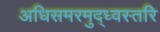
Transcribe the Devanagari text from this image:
अधिसमरमुद्ध्वस्तरि